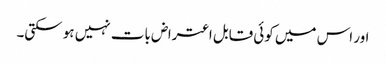
اور اس میں کوئی قابل اعتراض بات نہیں ہو سکتی۔